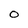
Character: 0